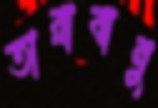
তারাবানু